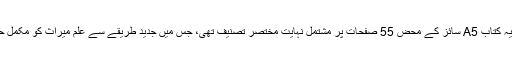
کیونکہ ان کے مطابق یہ کتاب A5 سائز کے محض 55 صفحات پر مشتمل نہایت مختصر تصنیف تھی، جس میں جدید طریقے سے علم میراث کو مکمل حل کرنا سکھایا گیا تھا۔